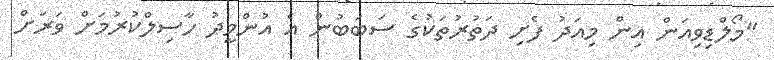
"މޯލްޑިވިއަން އިން މިއަދު ފެށި ދަތުރުތަކުގެ ސަބަބުން އެ އުންމީދު ހާސިލްކުރުމަށް ވަރަށް